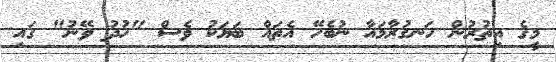
މީގެ އިތުރުން ހަނގުރާމައާ ނުބެހޭ އެތައް ބަޔަކު ވެސް "ހުދު ވޭނު" ގައި